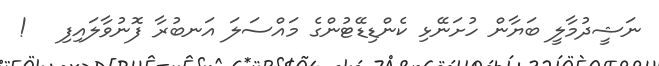
ނަޝީދުމާލީ ބަޔާން ހުށަނޭޅި ކެންޑިޑޭޓުންގެ މައްސަލަ އަނބުރާ ފޮނުވާލައިފި   !